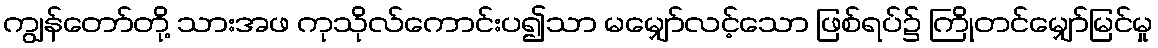
ကျွန်တော်တို့ သားအဖ ကုသိုလ်ကောင်းပ၍သာ မမျှော်လင့်သော ဖြစ်ရပ်၌ ကြိုတင်မျှော်မြင်မှု